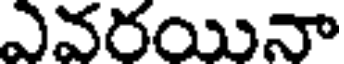
ఎవరయినా